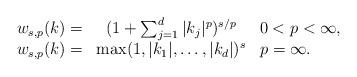
LaTeX: \begin{align*}\begin{array}{rcl} w_{s,p}(k) =& (1 + \sum_{j=1}^d |k_j|^p)^{s/p} & 0 < p < \infty, \\ w_{s,p}(k) =& \max(1,|k_1|,\dots,|k_d|)^s & p=\infty.\end{array}\end{align*}